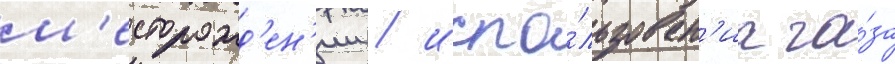
м'есторожд'ен'ии / испо́льзован'иа га́за